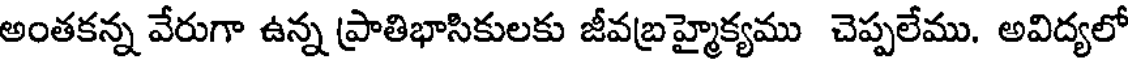
అంతకన్న వేరుగా ఉన్న ప్రాతిభాసికులకు జీవబ్రహ్మైక్యము చెప్పలేము. అవిద్యలో